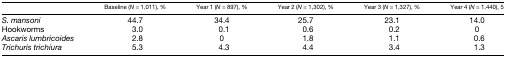
<table><thead><tr><td></td><td><b>Baseline (<i>N</i> = 1,011), %</b></td><td><b>Year 1 (<i>N</i> = 897), %</b></td><td><b>Year 2 (<i>N</i> = 1,302), %</b></td><td><b>Year 3 (<i>N</i> = 1,327), %</b></td><td><b>Year 4 (<i>N</i> = 1,440), 5</b></td></tr></thead><tbody><tr><td><i>S. mansoni</i></td><td>44.7</td><td>34.4</td><td>25.7</td><td>23.1</td><td>14.0</td></tr><tr><td>Hookworms</td><td>3.0</td><td>0.1</td><td>0.6</td><td>0.2</td><td>0</td></tr><tr><td><i>Ascaris lumbricoides</i></td><td>2.8</td><td>0</td><td>1.8</td><td>1.1</td><td>0.6</td></tr><tr><td><i>Trichuris trichiura</i></td><td>5.3</td><td>4.3</td><td>4.4</td><td>3.4</td><td>1.3</td></tr></tbody></table>